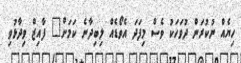
ހިޔެއް ނުކުރަން ދުވަަހަކު ވެސް މިފަދަ އެވޯޑެއް ލިބިދާނެ ކަމަށް" ފާއިޒް ވިދާޅުވި